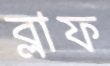
ব্লাফ